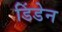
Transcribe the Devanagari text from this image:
डिंडेन